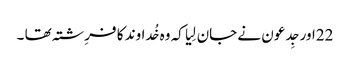
22اور جِدعو ن نے جان لِیا کہ وہ خُداوند کا فرِشتہ تھا ۔